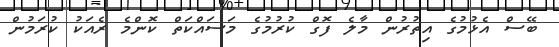
ބޭސް އެޅުމުގެ އިތުރުން މާލެ ފޮގް ކުރުމުގެ މަސައްކަތް ކޮންމެ ރެއަކު ކުރަމުން